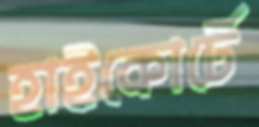
হাইকোর্টে